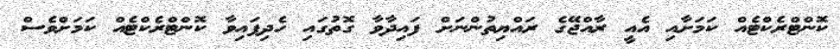
ކޮންޓްރެކްޓެއް ކަމަށާއި އެއީ ރާއްޖޭގެ ރައްޔިތުންނަށް ފައިދާވާ ގޮތުގައި ހެދިފައިވާ ކޮންޓްރެކްޓެއް ކަމަށްވެސް